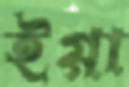
ইগ্গা